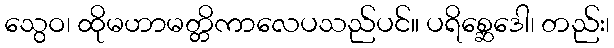
သွေဝ၊ ထိုမဟာမတ္တိကာလေပသည်ပင်။ ပရိစ္ဆေဒေါ၊ တည်း၊